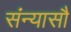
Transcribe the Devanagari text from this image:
संन्यासौ